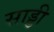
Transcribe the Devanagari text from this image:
साड्डी